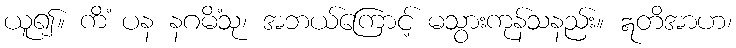
ယူ၍။ ကိံ ပန နဂမိံသု၊ အဘယ်ကြောင့် မသွားကုန်သနည်း။ ဣတိအာဟ၊